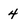
Character: 4